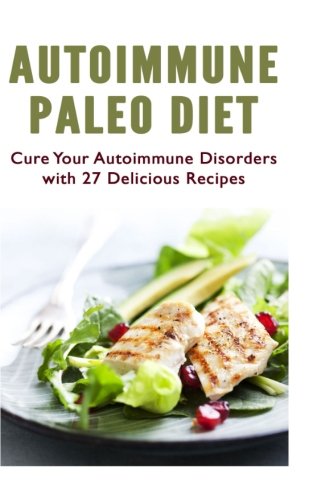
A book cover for Autoimmune Paleo Diet: Cure Your Autoimmune Disorders with 27 Delicious Recipes; Naomi Rowland; Health, Fitness & Dieting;